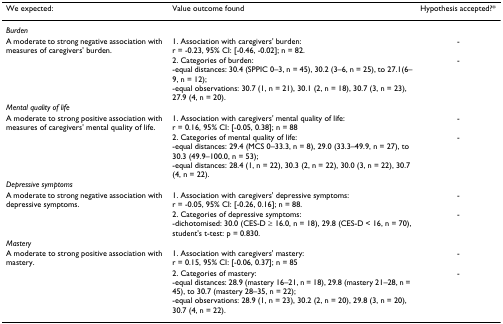
<table><thead><tr><td><b>We expected:</b></td><td><b>Value outcome found</b></td><td><b>Hypothesis accepted?*</b></td></tr></thead><tbody><tr><td><i>Burden</i></td><td></td><td></td></tr><tr><td>A moderate to strong negative association with measures of caregivers&#x27; burden.</td><td>1. Association with caregivers&#x27; burden:r = -0.23, 95% CI: [-0.46, -0.02]; n = 82.</td><td>-</td></tr><tr><td></td><td>2. Categories of burden:-equal distances: 30.4 (SPPIC 0–3, n = 45), 30.2 (3–6, n = 25), to 27.1(6–9, n = 12);-equal observations: 30.7 (1, n = 21), 30.1 (2, n = 18), 30.7 (3, n = 23), 27.9 (4, n = 20).</td><td>-</td></tr><tr><td><i>Mental quality of life</i></td><td></td><td></td></tr><tr><td>A moderate to strong positive association with measures of caregivers&#x27; mental quality of life.</td><td>1. Association with caregivers&#x27; mental quality of life:r = 0.16, 95% CI: [-0.05, 0.38]; n = 88</td><td>-</td></tr><tr><td></td><td>2. Categories of mental quality of life:-equal distances: 29.4 (MCS 0–33.3, n = 8), 29.0 (33.3–49.9, n = 27), to 30.3 (49.9–100.0, n = 53);-equal distances: 28.4 (1, n = 22), 30.3 (2, n = 22), 30.0 (3, n = 22), 30.7 (4, n = 22).</td><td>-</td></tr><tr><td><i>Depressive symptoms</i></td><td></td><td></td></tr><tr><td>A moderate to strong negative association with depressive symptoms.</td><td>1. Association with caregivers&#x27; depressive symptoms:r = -0.05, 95% CI: [-0.26, 0.16]; n = 88.</td><td>-</td></tr><tr><td></td><td>2. Categories of depressive symptoms:-dichotomised: 30.0 (CES-D ≥ 16.0, n = 18), 29.8 (CES-D &lt; 16, n = 70),student&#x27;s t-test: p = 0.830.</td><td>-</td></tr><tr><td><i>Mastery</i></td><td></td><td></td></tr><tr><td>A moderate to strong positive association with mastery.</td><td>1. Association with caregivers&#x27; mastery:r = 0.15, 95% CI: [-0.06, 0.37]; n = 85</td><td>-</td></tr><tr><td></td><td>2. Categories of mastery:-equal distances: 28.9 (mastery 16–21, n = 18), 29.8 (mastery 21–28, n = 45), to 30.7 (mastery 28–35, n = 22);-equal observations: 28.9 (1, n = 23), 30.2 (2, n = 20), 29.8 (3, n = 20), 30.7 (4, n = 22).</td><td>-</td></tr></tbody></table>